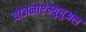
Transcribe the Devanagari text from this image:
योजनाएंम्युचुअल